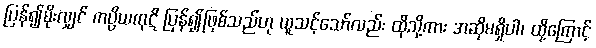
ပြန်၍မိုးလျှင် ကပ္ပိယကုဋိ ပြန်၍ဖြစ်သည်ဟု ယူသင့်သော်လည်း ထိုသို့ကား အဆိုမရှိပါ၊ ထို့ကြောင့်